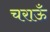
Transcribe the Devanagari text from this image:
चराऊँ